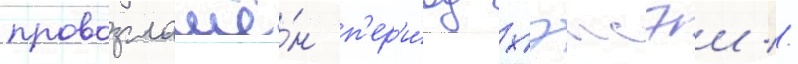
провозглашё́н п'ер'и́од хэисэи //